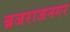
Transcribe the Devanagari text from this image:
ब्रजराजनगर